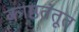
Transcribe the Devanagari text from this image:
काष्ठतंतूत